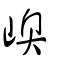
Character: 㠗